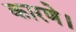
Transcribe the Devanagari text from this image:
कारणे।